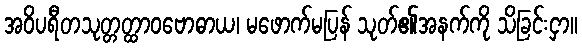
အဝိပရီတသုတ္တတ္ထာဝဗောဓာယ၊ မဖောက်မပြန် သုတ်၏အနက်ကို သိခြင်းငှာ။